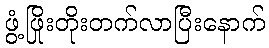
ဖွံ့ဖြိုးတိုးတက်လာပြီးနောက်